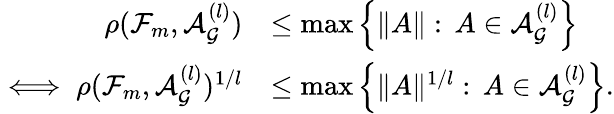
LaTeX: \begin{array}{rl}{\rho(\mathcal{F}_{m},\mathcal{A}_{\mathcal{G}}^{(l)})}&{\leq\operatorname*{max}\left\{ \| A\| :\, A\in\mathcal{A}_{\mathcal{G}}^{(l)}\right\} }\\ {\iff\rho(\mathcal{F}_{m},\mathcal{A}_{\mathcal{G}}^{(l)})^{1/l}}&{\leq\operatorname*{max}\left\{ \| A\| ^{1/l}:\, A\in\mathcal{A}_{\mathcal{G}}^{(l)}\right\} .}\end{array}